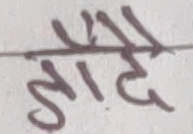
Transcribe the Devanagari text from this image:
बाँडदै